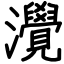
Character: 灚